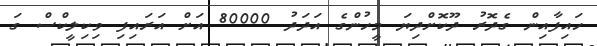
ހައިފާއިން ގެދޮރު ދޫކޮށްދިޔަ މީހުންގެ އަދަދު 80000 އަށް އަރައިފި ވިކިލީކްސް ގަ